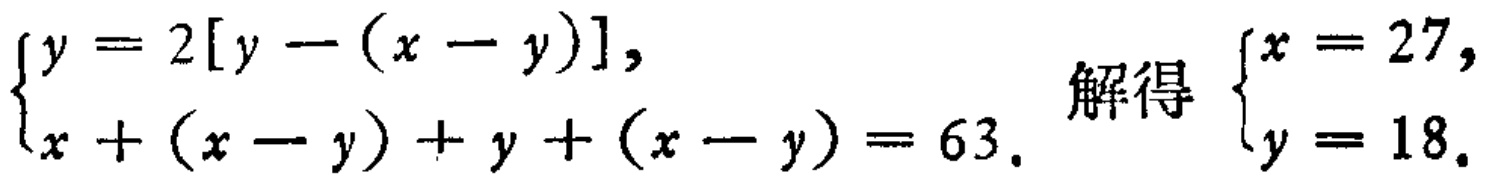
$\begin{cases}y = 2[y - (x - y)],\\x + (x - y) + y + (x - y) = 63.\end{cases}$ 解得 $\begin{cases}x = 27,\\y = 18.\end{cases}$